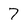
Character: 7